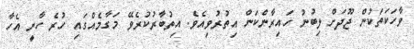
ވާހަކަތަކުން ޖޫދަށް ލިބުނު ހައިރާންކަން އިތުރުވިއެވެ. އިތުބާރުކުރެވޭ މަގާމެއްގައި ހުރެ ހާނީ އެހާ